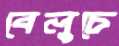
বেলুচে